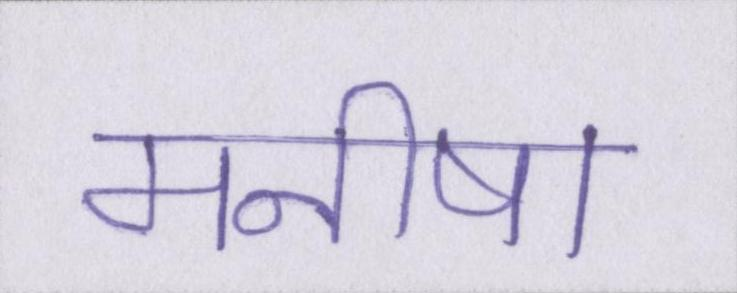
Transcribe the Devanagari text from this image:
मनीषा